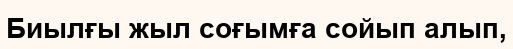
Биылғы жыл соғымға сойып алып,